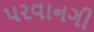
પરવાનગી